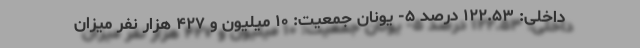
داخلی: ۱۲۲.۵۳ درصد ۵- یونان جمعیت: ۱۰ میلیون و ۴۲۷ هزار نفر میزان